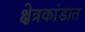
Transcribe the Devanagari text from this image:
क्षेत्रकांडात